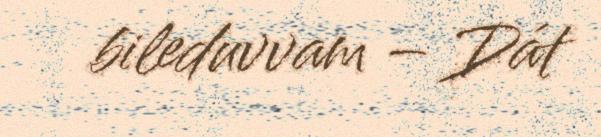
bileduvvam – Dát